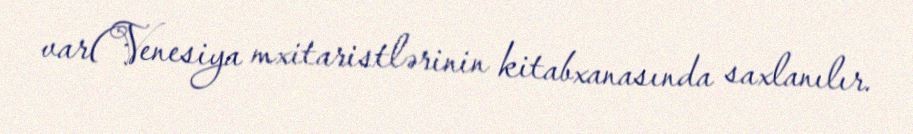
var(Venesiya mxitaristlərinin kitabxanasında saxlanılır.